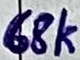
Text: 68k